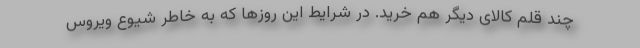
چند قلم کالای دیگر هم خرید. در شرایط این روزها که به خاطر شیوع ویروس